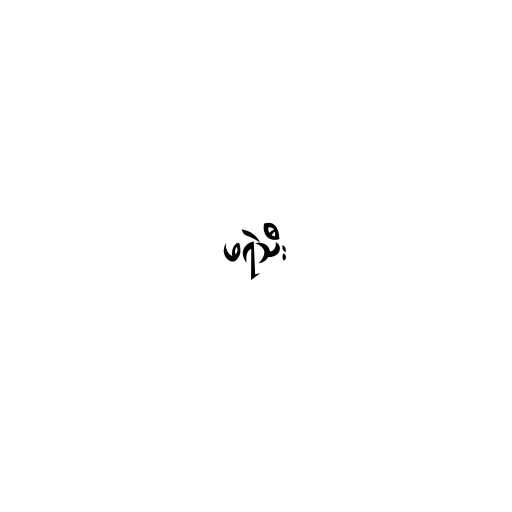
ဖရဲသီး